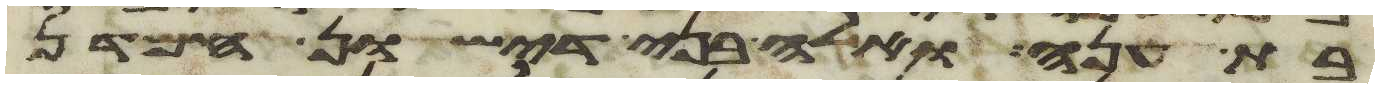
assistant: בת ענה ואלה בני דישון חמדן